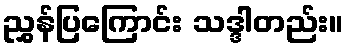
ညွှန်ပြကြောင်း သဒ္ဒါတည်း။